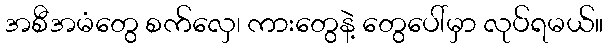
အစီအမံတွေ စက်လှေ၊ ကားတွေနဲ့ တွေပေါ်မှာ လုပ်ရမယ်။